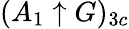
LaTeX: (A_{1}\uparrow G)_{3c}